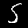
Label: 5